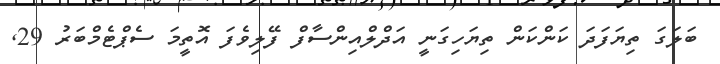
ބަލަގަ ތިޔަފަދަ ކަންކަން ތިޔަހިގަނީ އަދްލްއިންސާފް ފޭލިވެފަ އޮތީމަ ސެޕްޓެމްބަރު 29